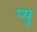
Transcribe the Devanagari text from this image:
प्यु